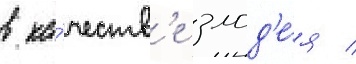
в ка́честв'е злод'е́я /